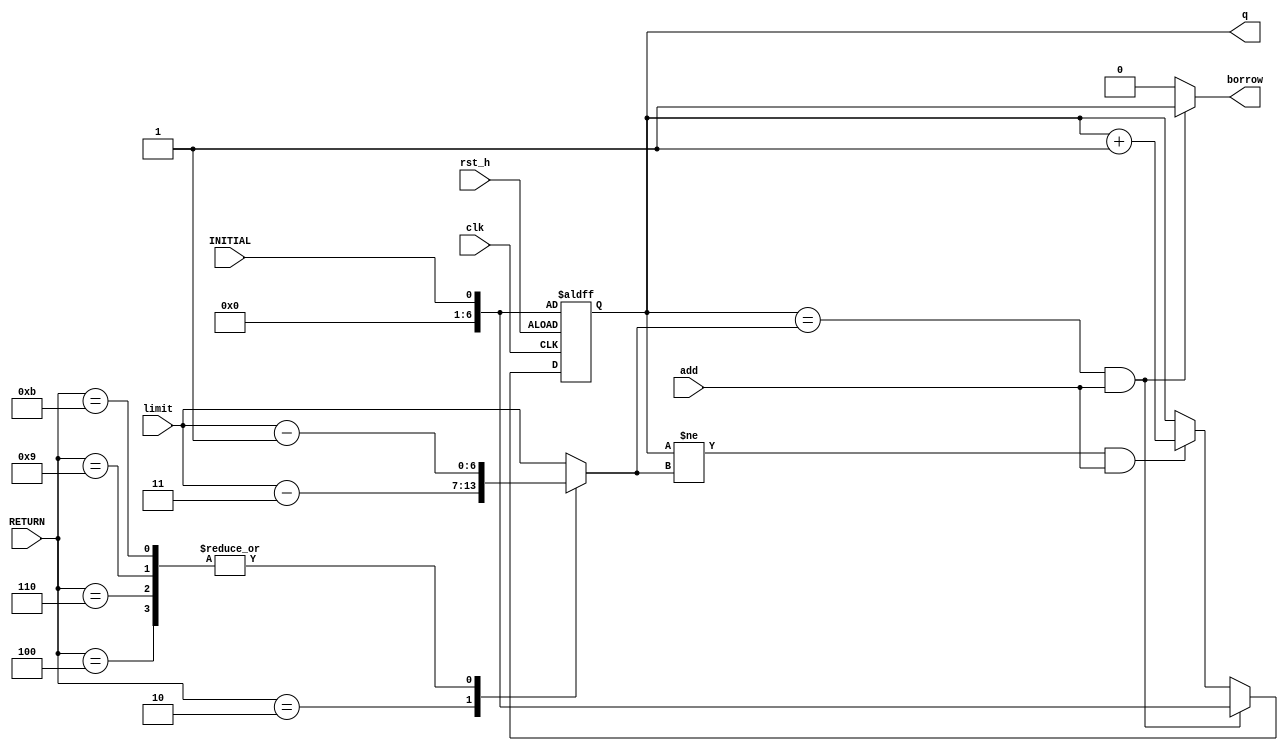
module BCD_UP(limit, clk, rst_h, add, q, borrow, RETURN, INITIAL);
    input INITIAL;
    input [6:0]limit;
    input clk;
    input rst_h;
    input add;
    input [3:0]RETURN;
    output reg [6:0]q;
    output reg borrow;
    reg [6:0]q_temp;
    reg [6:0]LIMIT;
    
    always @*
        case(RETURN)
            4'd2: LIMIT = limit - 4'd3;
            4'd4: LIMIT = limit - 4'd1;
            4'd6: LIMIT = limit - 4'd1;
            4'd9: LIMIT = limit - 4'd1;
            4'd11: LIMIT = limit - 4'd1;
            default: LIMIT = limit;
        endcase
    always @*
        if (q == LIMIT && add == 1) begin
            q_temp = INITIAL;
            borrow = 1'b1;
        end
        else if (q != LIMIT && add == 1) begin
            q_temp = q + 1'b1;
            borrow = 1'b0;
        end
        else begin
            q_temp = q;
            borrow = 1'b0;
        end
            
    always @(posedge clk or posedge rst_h)
        if (rst_h) q <= INITIAL;
        else q <= q_temp;
        
endmodule